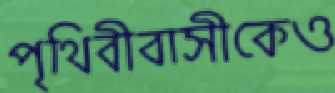
পৃথিবীবাসীকেও